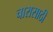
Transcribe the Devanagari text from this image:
चारासाठी